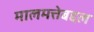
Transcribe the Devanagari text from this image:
मालमत्तेबद्दल